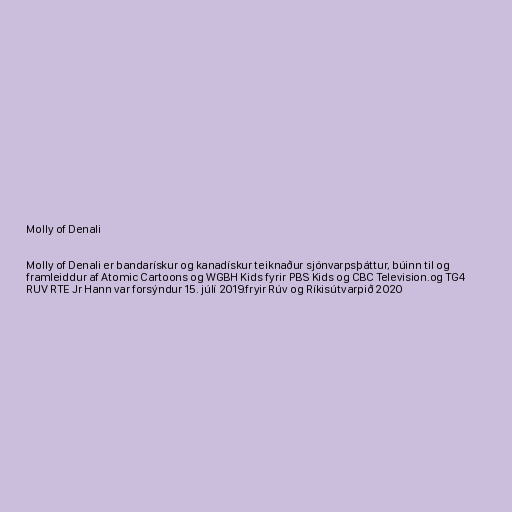
Molly of Denali

Molly of Denali er bandarískur og kanadískur teiknaður sjónvarpsþáttur, búinn til og
framleiddur af Atomic Cartoons og WGBH Kids fyrir PBS Kids og CBC Television.og TG4
RUV RTE Jr Hann var forsýndur 15. júlí 2019.fryir Rúv og Ríkisútvarpið 2020